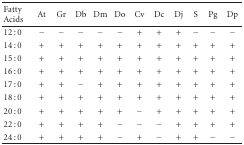
| Fatty Acids | At | Gr | Db | Dm | Do | Cv | Dc | Dj | S | Pg | Dp |
 | --- | --- | --- | --- | --- | --- | --- | --- | --- | --- | --- | --- |
 | 12 : 0 | − | − | − | − | − | + | + | + | − | − | − |
 | 14 : 0 | + | + | + | + | + | + | + | + | + | + | + |
 | 15 : 0 | + | + | + | + | + | + | + | + | + | + | + |
 | 16 : 0 | + | + | + | + | + | + | + | + | + | + | + |
 | 17 : 0 | + | + | − | + | + | + | + | + | + | + | + |
 | 18 : 0 | + | + | + | + | + | + | + | + | + | + | + |
 | 20 : 0 | + | + | + | + | + | − | + | + | + | + | + |
 | 22 : 0 | + | + | + | + | − | − | − | + | + | + | + |
 | 24 : 0 | + | + | + | + | − | + | − | + | + | − | − |